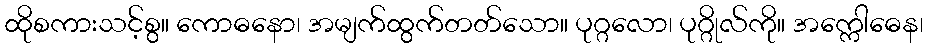
ထိုစကားသင့်စွ။ ကောဓနော၊ အမျက်ထွက်တတ်သော။ ပုဂ္ဂလော၊ ပုဂ္ဂိုလ်ကို။ အက္ကေါဓေန၊